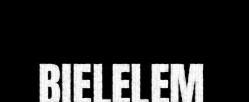
BIELELEM